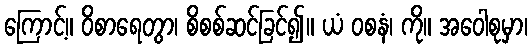
ကြောင့်။ ဝိစာရေတွာ၊ စိစစ်ဆင်ခြင်၍။ ယံ ဝစနံ၊ ကို။ အဝေါစုမှာ၊